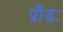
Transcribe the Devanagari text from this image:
प्रौढः